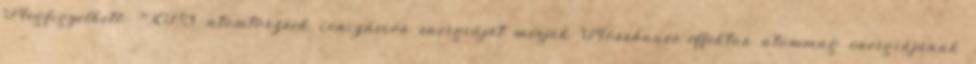
Megfigyelhető: XPS atomtörzsek ionizációs energiáját mérjük Mössbauer-effektus atommag energiájának